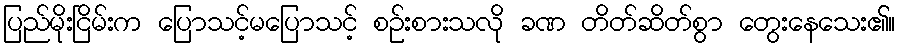
ပြည်မိုးငြိမ်းက ပြောသင့်မပြောသင့် စဉ်းစားသလို ခဏ တိတ်ဆိတ်စွာ တွေးနေသေး၏။